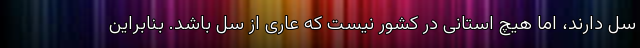
سل دارند، اما هیچ استانی در کشور نیست که عاری از سل باشد. بنابراین